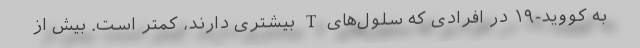
به کووید-۱۹ در افرادی که سلول‌های T بیشتری دارند، کمتر است. بیش از